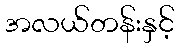
အလယ်တန်းနှင့်